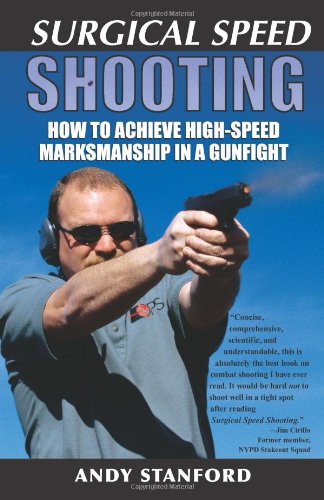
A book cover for Surgical Speed Shooting: How to Achieve High-Speed Marksmanship in a Gunfight; Andy Stanford; Sports & Outdoors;